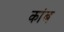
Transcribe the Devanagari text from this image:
कांब